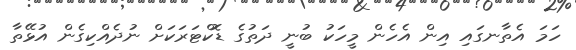
ހަމަ އެތާނގައި އިން އެހެން މީހަކު ބުނީ ދަތުގެ ޑޮކްޓަރަކަށް ނުދެއްކިގެން އުޅޭތާ